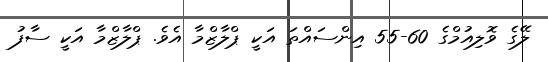
ލޭގެ ވޮލިއުމްގެ 60-55 އިންސައްތަ އަކީ ޕްލާޒްމާ އެވެ. ޕްލާޒްމާ އަކީ ސާފު